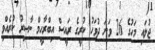
ޖުލައި މަހުގެ 26 ވަނަ ދުވަހު ކުރީގެ ރައީސް އިބްރާހީމް ނާސިރު ކުރެއްވި